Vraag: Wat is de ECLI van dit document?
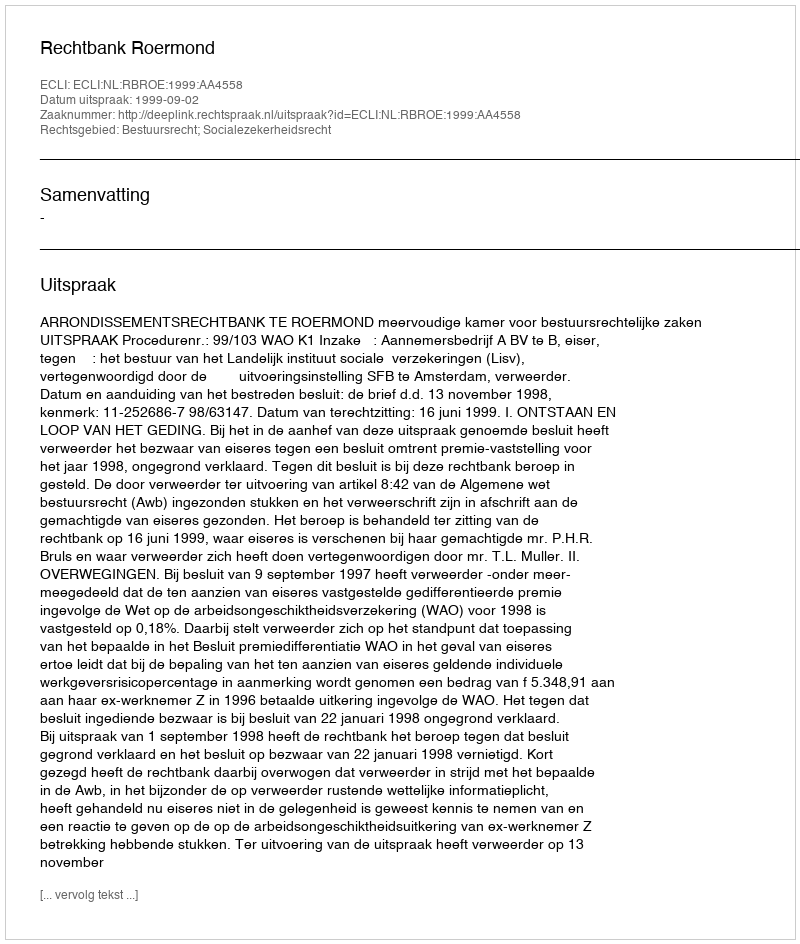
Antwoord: ECLI:NL:RBROE:1999:AA4558